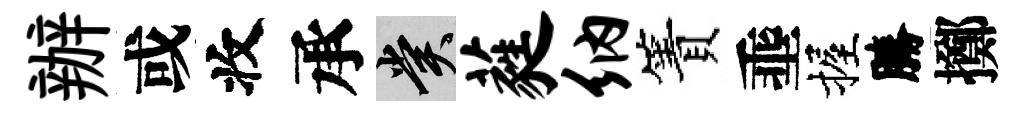
辦或收承賞蕤纳簀埀握勝擲